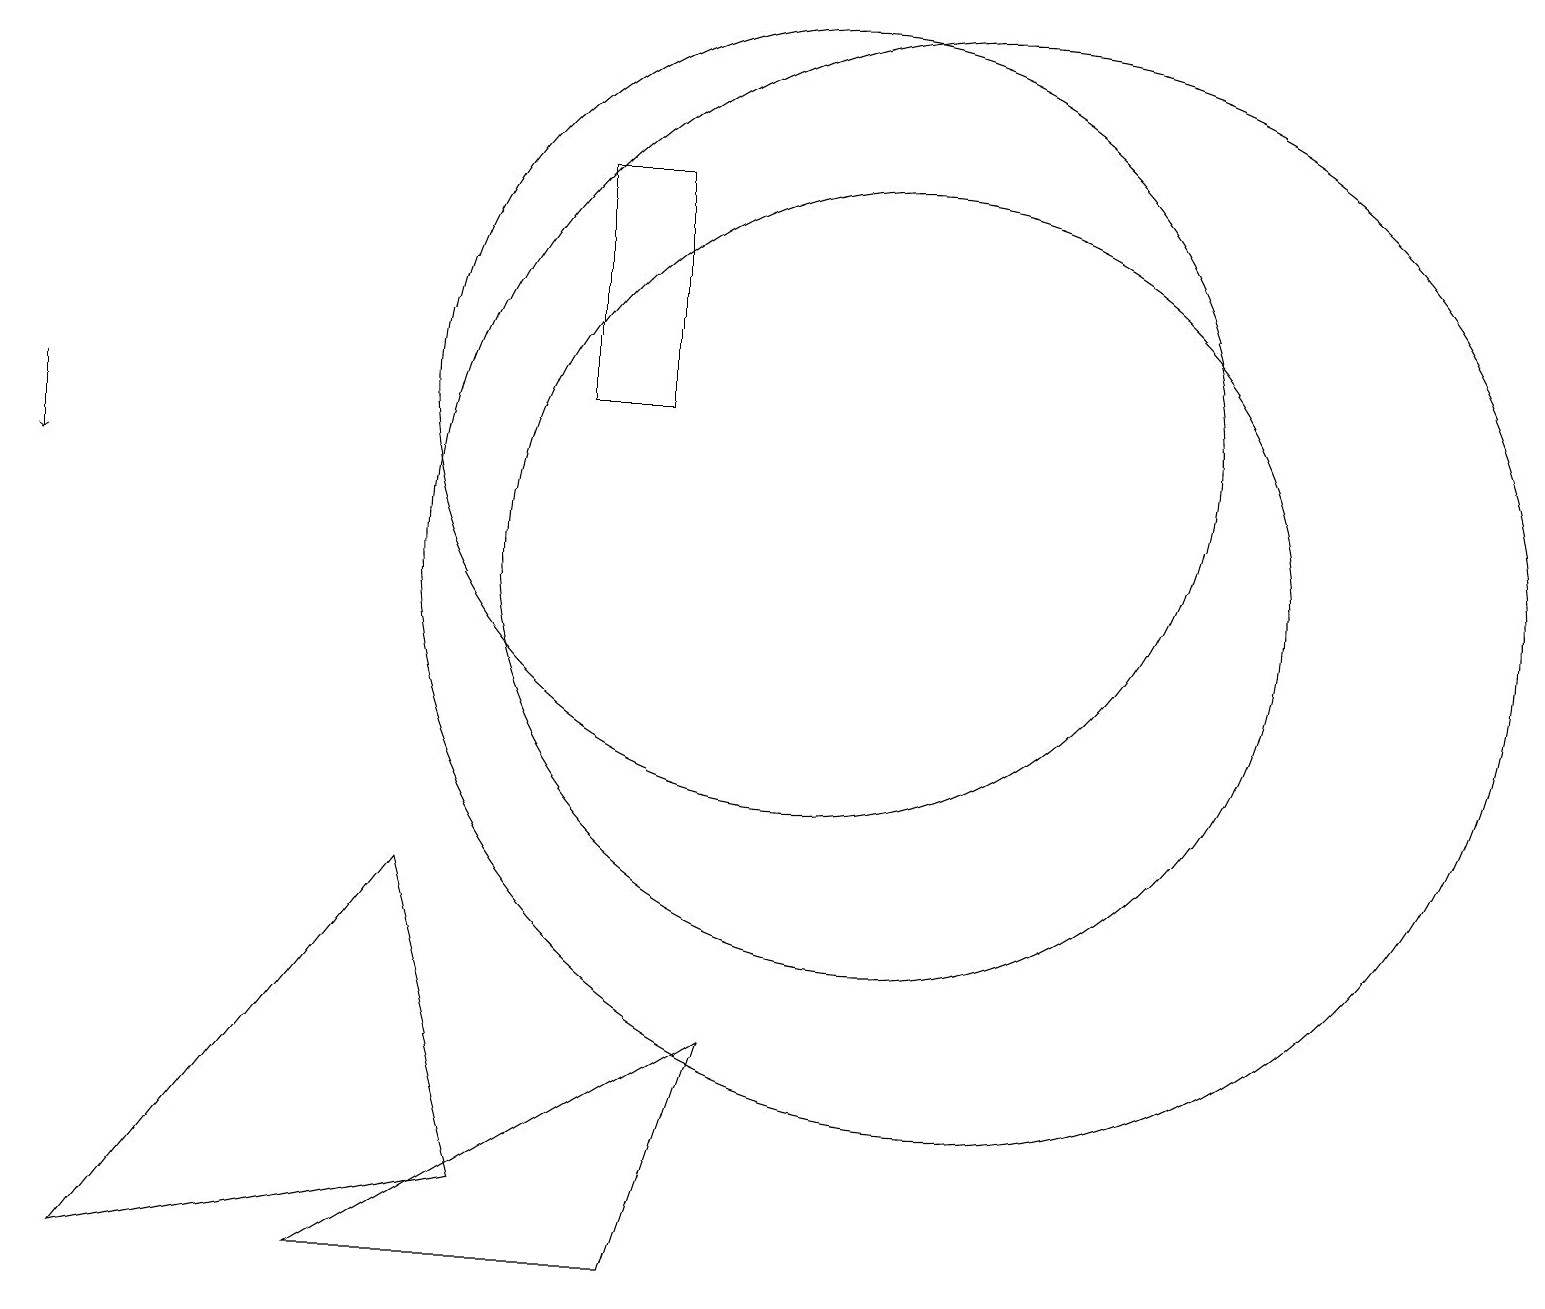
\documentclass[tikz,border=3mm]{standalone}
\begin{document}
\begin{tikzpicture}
\draw[->] (0,12) -- (0,11);
\draw (5,6) -- (6,2) -- (1,1) -- cycle;
\draw (12,10) circle (7);
\draw (10,12) circle (5);
\draw (4,1) -- (8,1) -- (9,4) -- cycle;
\draw (7,12) rectangle (8,15);
\draw (11,10) circle (5);
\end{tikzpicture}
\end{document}